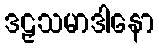
ဒဠှသမာဒါနော